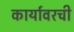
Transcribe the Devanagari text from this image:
कार्यावरची